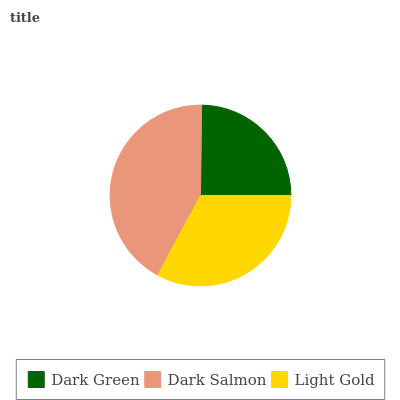
| Dark Green | Dark Salmon | Light Gold |
 | --- | --- | --- |
 | 24.8% | 42.4% | 32.8% |